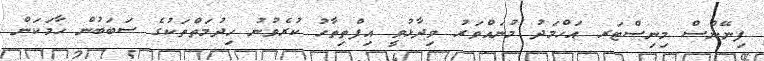
ފިނޭންސް މިނިސްޓަރ އަހްމަދު މުނައްވަރު ވިދާޅުވީ އިފްތިތާހު ކުރެވުނު ހިދުމަތްތަކުގެ ސަބަބުން ހާމަކަން